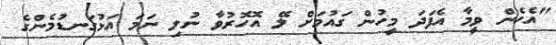
"އެހެން ވީމާ އެފަދަ މީހުން ގައުމަށް ލޭ އޮހޮރުވާ ނުލި ނަމަ އަޅުގަނޑުމެންގެ